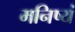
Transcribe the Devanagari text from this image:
मनिष्यं